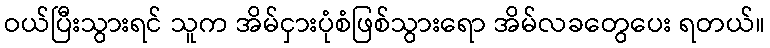
ဝယ်ပြီးသွားရင် သူက အိမ်ငှားပုံစံဖြစ်သွားရော အိမ်လခတွေပေး ရတယ်။